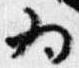
為